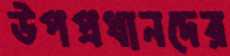
উপপ্রধানদের